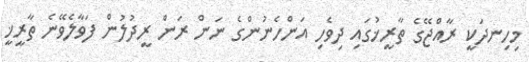
މިހިނދަކީ ރާއްޖޭގެ ތާރީޚުގައި ދިވެހި އަންހެނުންގެ ނަން ރަން ރީދުލުން ފަވާލެވޭނެ ތާރީޚީ